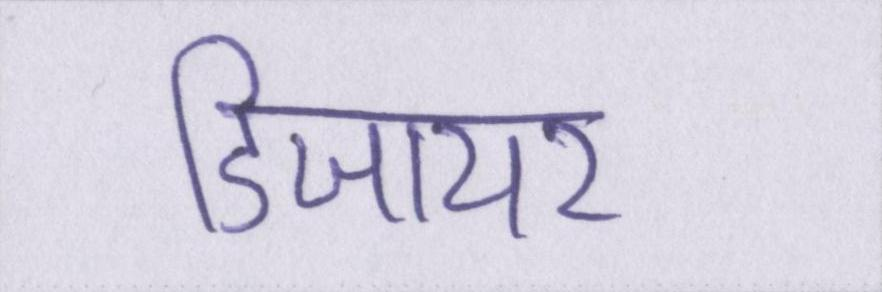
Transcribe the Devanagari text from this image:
डिजायर